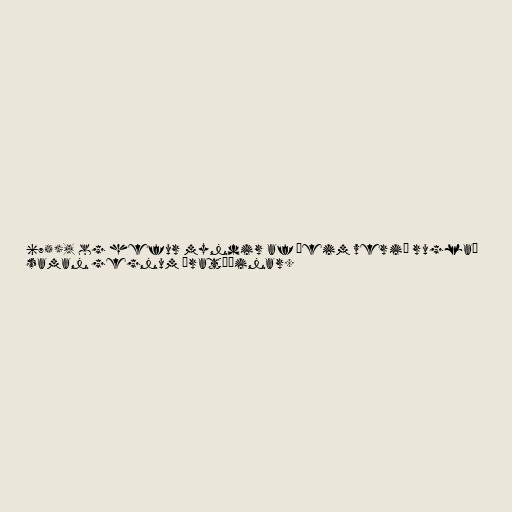
675), og hefur myndir af þeim verið ruglað
saman gegnum áratíðinar.